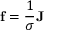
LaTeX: \mathbf { f } = { \frac { 1 } { \sigma } } \mathbf { J }